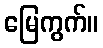
မြေကွက်။